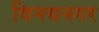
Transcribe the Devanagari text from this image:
विनयनगर